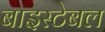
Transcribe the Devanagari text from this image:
बाइस्टेबल